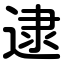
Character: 逮